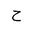
Letter: _ha